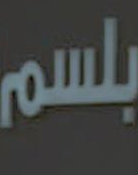
بلسم